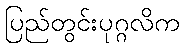
ပြည်တွင်းပုဂ္ဂလိက